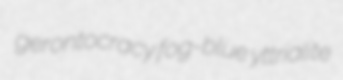
gerontocracy fog-blue yttrialite